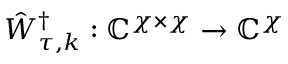
\hat { W } _ { \tau , k } ^ { \dag } : \mathbb { C } ^ { \chi \times \chi } \to \mathbb { C } ^ { \chi }